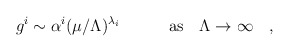
\begin{align*} g^i\sim\alpha^i(\mu/\Lambda)^{\lambda_i}\quad\quad\quad{\rm as} \quad \Lambda\to\infty\quad,\end{align*}